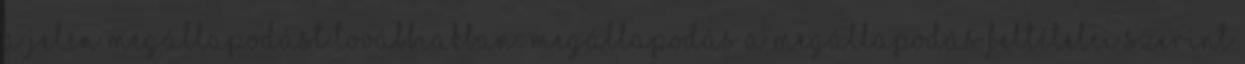
a jelen megállapodást továbbiakban: Megállapodás a Megállapodás feltételei szerint